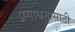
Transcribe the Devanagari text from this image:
प्रसाधनासाठी